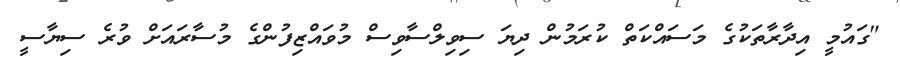
"ގައުމީ އިދާރާތަކުގެ މަސައްކަތް ކުރަމުން ދިޔަ ސިވިލްސާވިސް މުވައްޒިފުންގެ މުސާރައަށް ވުރެ ސިޔާސީ